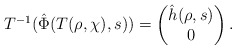
\begin{align*}T^{-1}(\hat \Phi(T(\rho,\chi),s)) = \begin{pmatrix}\hat h(\rho,s)\\ 0\end{pmatrix}.\end{align*}